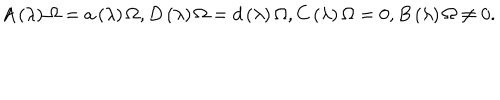
A \left( \lambda \right) \Omega = a \left( \lambda \right) \Omega , D \left( \lambda \right) \Omega = d \left( \lambda \right) \Omega , C \left( \lambda \right) \Omega = 0 , B \left( \lambda \right) \Omega \neq 0 .